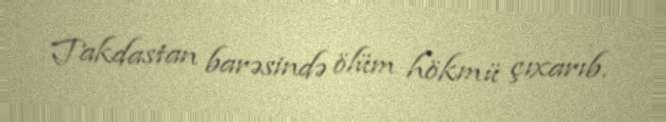
Takdastan barəsində ölüm hökmü çıxarıb.